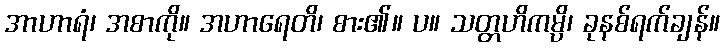
အာဟာရံ၊ အစာကို။ အဟာရေတိ၊ စား၏။ ပ။ သတ္တဟိကမ္ပိ၊ ခုနစ်ရက်ချန်။